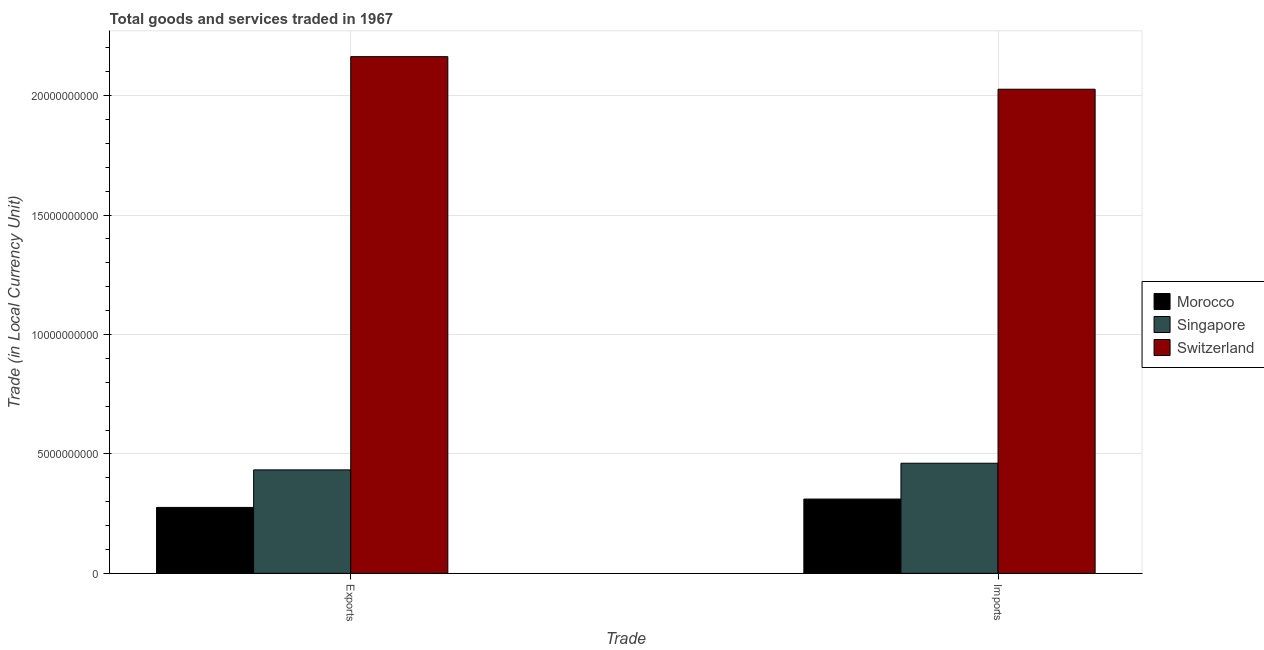
| Trade | Morocco | Singapore | Switzerland |
 | --- | --- | --- | --- |
 | Exports | 2.76e+09 | 4.33e+09 | 2.16e+10 |
 | Imports | 3.11e+09 | 4.61e+09 | 2.03e+10 |